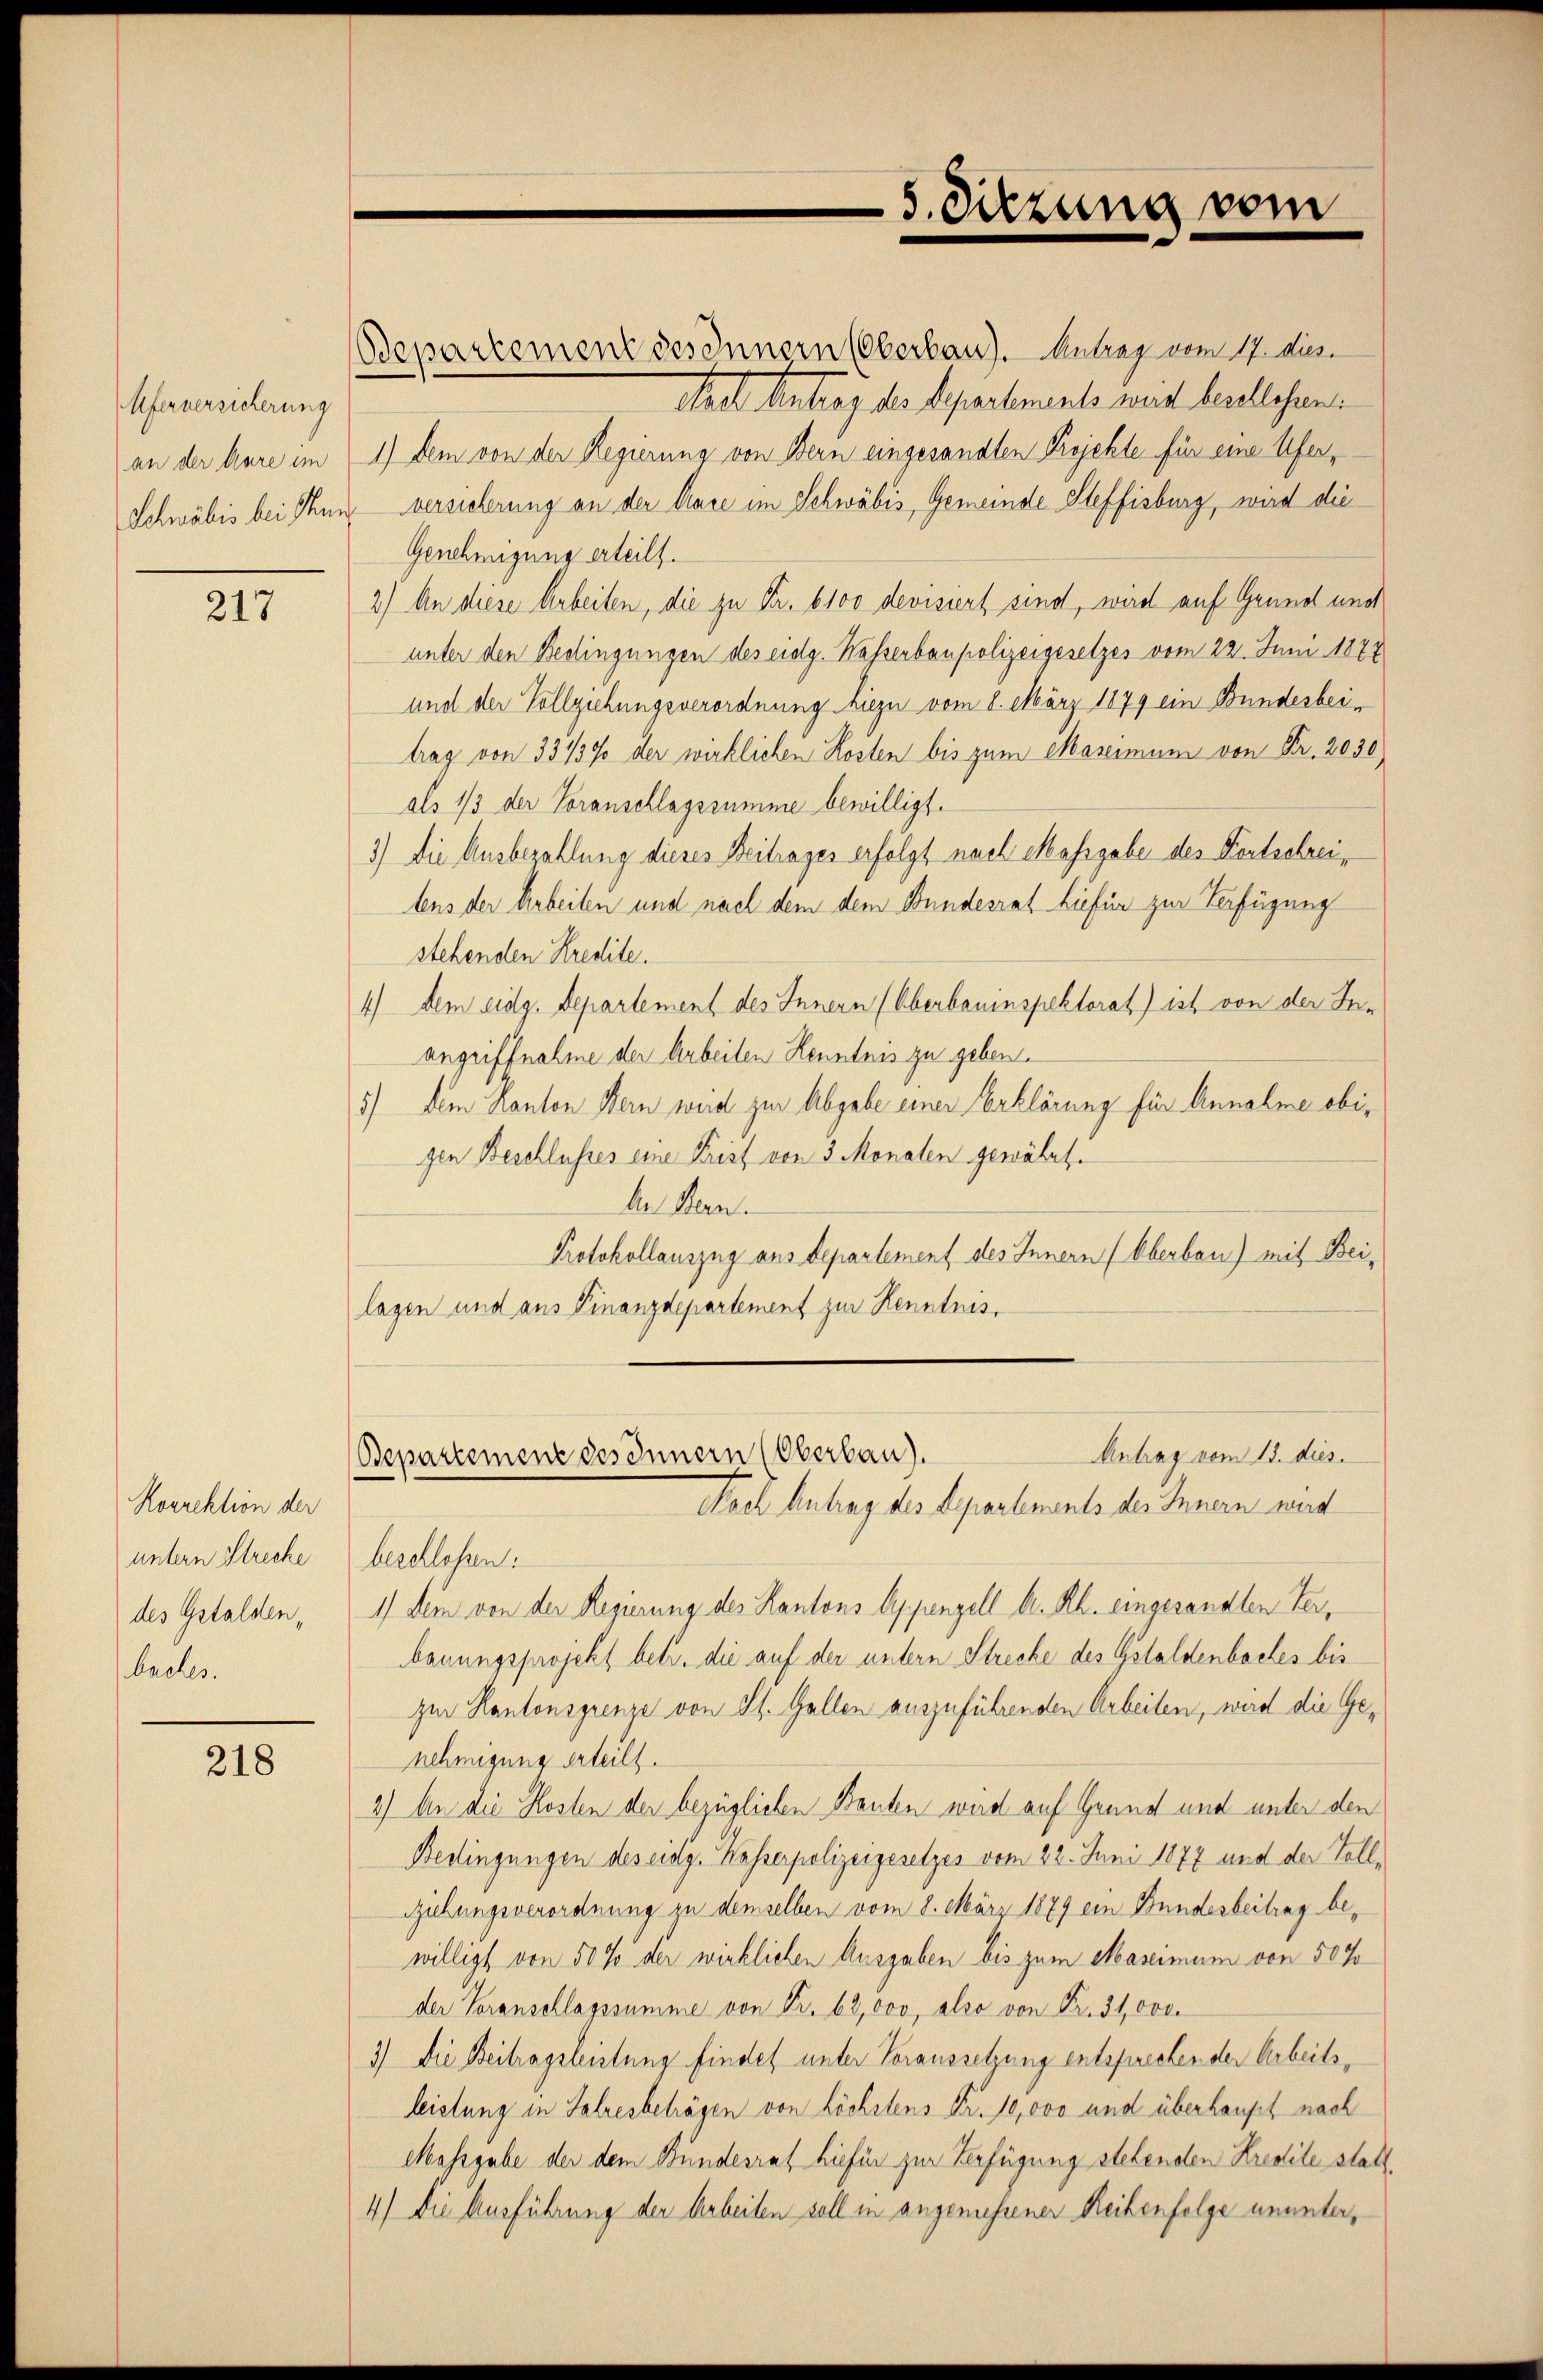
Uferversicherung

217

Korrektion der
untern Streche
des Gstalden,
buches.

218

Bepartement des Innern (Oberbau). Antrag vom 17. Mini
Staet Antrag der Separtements mit beschlesen.
an der Aare im 1) dem von der Regierung von Bern eingesandten Projekte für eine Ufer¬
Schwäbis bei Thun versicherung an der Aare im Schwäbis, Gemeinde Steffisburg, wird die
Genehmigung erteilt.
2) An diese Arbeiten, die zu Fr. 6100 devisiert sind, wird auf Grund und
unter den Bedingungen des eidg. Wasserbaupolizeigesetzes vom 22. Juni 1878
und der Vollziehungsverordnung hiezu vom 8. März 1879 ein Bundesbeitrag von 33139 der wirklichen Kosten bis zum Maximum von Fr. 2030)
als 1/3 der Voranschlagssumme bewilligt.
3) Die Ausbezahlung dieses Beitrages erfolgt nach Massgabe des Fortschreitens der Arbeiten und nach dem dem Bundesrat hiefür zur Verfügung
stehenden Kredite.
4) dem eidg. Departement des Innern (Oberbauinspektorat) ist von der Inangriffnahme der Arbeiten Henntnis zu geben.
5) dem Kanton Bern weid zur Abgabe einer Erklärung für Annahme obigen Beschlusses eine Parist von 3 Monaten gewährte
An Bern.
Protokollauszug aus Departement des Innern (Oberbau) mit Beilagen und aus Finanzdepartement zur Kenntnis,

5. Sitzung vom

berellesen.
1) dem von der Regierung des Kantons Appenzell A. Rh. eingesandten Verbauungsprojekt betr. die auf der untern Strecke des Gstaldenbaches bis
zur Kantonsgrenze von St. Gallen auszuführenden Arbeiten, wird die Genehmigung erteilt.
2) An die Kosten der bezüglichen Bauten wird auf Grund und unter den
Bedingungen des eidg. Kasserpolizeigesetzes vom 22. Juni 1877 und der Toll¬
Giebungsverordnung zu demselben vom 8. März 1879 ein Bunderbeitrag bewilligt von 50 % der wirklichen Ausgaben bis zum Maseimum von 50%
der Voranschlagssumme von Fr. 62,000, also von Fr. 31,000.
3) Die Beitragsleistung findet unter Voraussetzung entsprechender Arbeitsleistung in Jahresbeträgen von höchstens Fr. 10,000 und überhaupt nach
Massgabe der dem Bundesrat hiefür zur Verfügung stehenden Kredite statt.
4) Die Ausführung der Arbeiten soll in angemessener Reihenfolge ununter,

Antrag vom 15. dies
Bepartement des Innern (Oberbau).
Nach Antrag des Departements des Innern wird